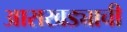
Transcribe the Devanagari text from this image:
आराखड्याची